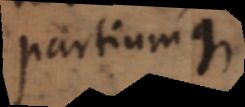
partium quae